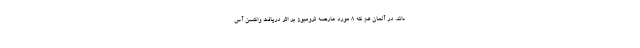
ه‌اند. در آلمان هم که ۸ مورد عارضه ترومبوز بر اثر دریافت واکسن آس